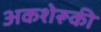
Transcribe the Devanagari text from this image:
अकशेरूकी